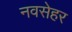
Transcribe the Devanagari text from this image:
नवसेहर